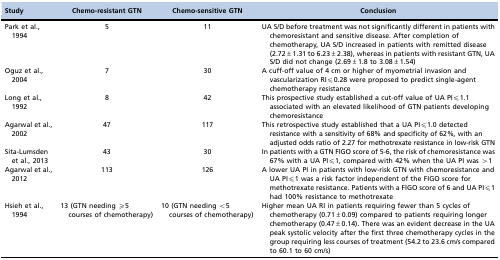
| Study | Chemo-resistant GTN | Chemo-sensitive GTN | Conclusion |
 | --- | --- | --- | --- |
 | Park et al.,1994 | 5 | 11 | UA S/D before treatment was not significantly different in patients with chemoresistant and sensitive disease. After completion of chemotherapy, UA S/D increased in patients with remitted disease (2.72±1.31 to 6.23±2.38), whereas in patients with resistant GTN, UA S/D did not change (2.69±1.8 to 3.08±1.54) |
 | Oguz et al.,2004 | 7 | 30 | A cuff-off value of 4 cm or higher of myometrial invasion and vascularization RI≤0.28 were proposed to predict single-agent chemotherapy resistance |
 | Long et al.,1992 | 8 | 42 | This prospective study established a cut-off value of UA PI≤1.1 associated with an elevated likelihood of GTN patients developing chemoresistance |
 | Agarwal et al.,2002 | 47 | 117 | This retrospective study established that a UA PI≤1.0 detected resistance with a sensitivity of 68% and specificity of 62%, with an adjusted odds ratio of 2.27 for methotrexate resistance in low-risk GTN |
 | Sita-Lumsdenet al., 2013 | 43 | 30 | In patients with a GTN FIGO score of 5-6, the risk of chemoresistance was 67% with a UA PI≤1, compared with 42% when the UA PI was >1 |
 | Agarwal et al.,2012 | 113 | 126 | A lower UA PI in patients with low-risk GTN with chemoresistance and UA PI≤1 was a risk factor independent of the FIGO score for methotrexate resistance. Patients with a FIGO score of 6 and UA PI≤1 had 100% resistance to methotrexate |
 | Hsieh et al.,1994 | 13 (GTN needing ≥5 courses of chemotherapy) | 10 (GTN needing <5 courses of chemotherapy) | Higher mean UA RI in patients requiring fewer than 5 cycles of chemotherapy (0.71±0.09) compared to patients requiring longer chemotherapy (0.47±0.14). There was an evident decrease in the UA peak systolic velocity after the first three chemotherapy cycles in the group requiring less courses of treatment (54.2 to 23.6 cm/s compared to 60.1 to 60 cm/s) |